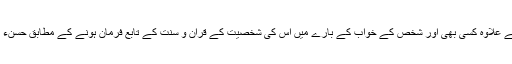
لہٰذا صحابہ رضی اللہ عنہم اجمعین کے عِلاوہ کِسی بھی اور شخص کے خواب کے بارے میں اُس کی شخصیت کے قران و سُنّت کے تابع فرمان ہونے کے مُطابق حُسنء ظن ہی رکھا جا سکتا ہے، یقین نہیں ۔